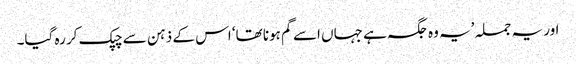
اور یہ جملہ ’یہ وہ جگہ ہے جہاں اسے گم ہونا تھا‘ اس کے ذہن سے چپک کر رہ گیا۔